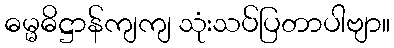
ဓမ္မဓိဋ္ဌာန်ကျကျ သုံးသပ်ပြတာပါဗျာ။